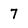
Character: 7